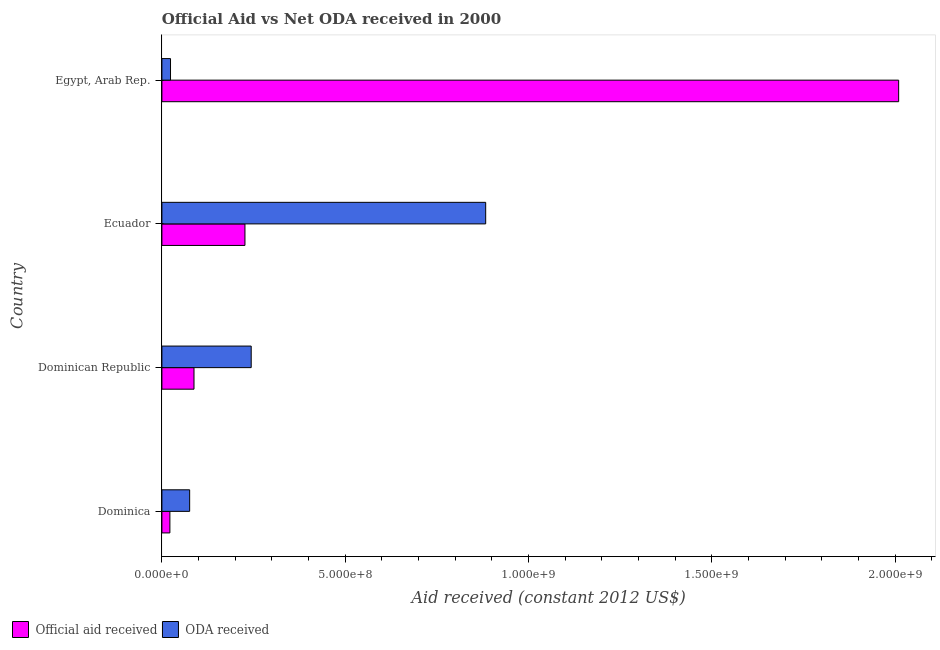
| Country | Official aid received | ODA received |
 | --- | --- | --- |
 | Dominica | 2.18e+07 | 7.57e+07 |
 | Dominican Republic | 8.75e+07 | 2.44e+08 |
 | Ecuador | 2.26e+08 | 8.83e+08 |
 | Egypt, Arab Rep. | 2.01e+09 | 2.35e+07 |